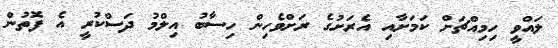
ލައްވީ ހިމިއްޗަށް ކަމަށާއި އެރަށުގެ ރަށްވެހިން ހިސާބު އިލްމު ދަސްކުރީ އެ ފޮތުން